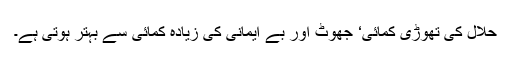
حلال کی تھوڑی کمائی‘ جھوٹ اور بے ایمانی کی زیادہ کمائی سے بہتر ہوتی ہے۔